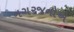
નગરજનોએ